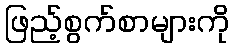
ဖြည့်စွက်စာများကို